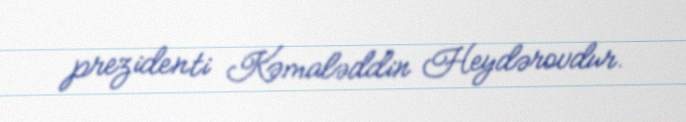
prezidenti Kəmaləddin Heydərovdur.